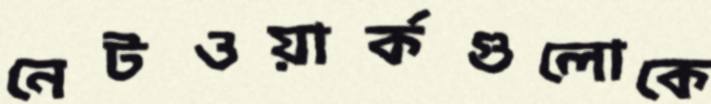
নেটওয়ার্কগুলোকে